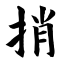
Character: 捎